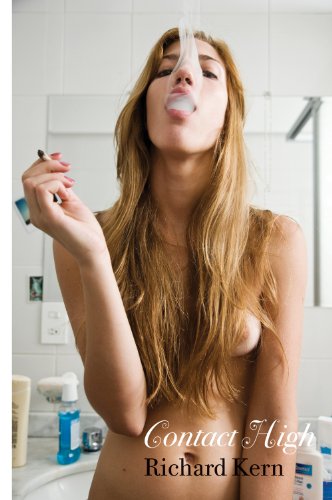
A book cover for Contact High; Arts & Photography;